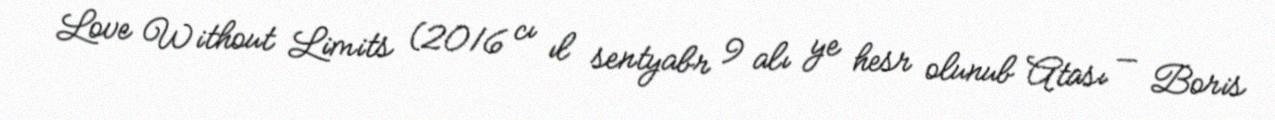
Love Without Limits (2016 cı ıl sentyabr 9 alı ye hesr olunub Atası — Boris